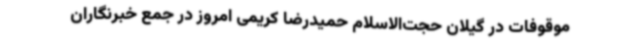
موقوفات در گیلان حجت‌الاسلام حمیدرضا کریمی امروز در جمع خبرنگاران